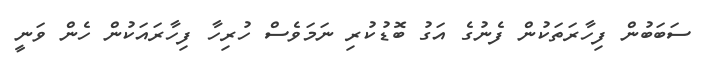
ސަބަބުން ފިހާރަތަކުން ފެނުގެ އަގު ބޮޑުކުރި ނަމަވެސް ހުރިހާ ފިހާރައަކުން ހެން ވަނީ